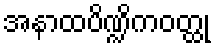
အနာထပိဏ္ဍိကဝတ္ထု